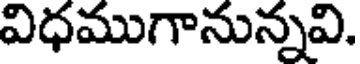
విధముగానున్నవి.